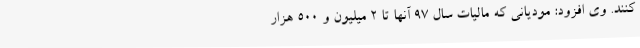
کنند. وی افزود: مودیانی که مالیات سال 97 آنها تا 2 میلیون و 500 هزار